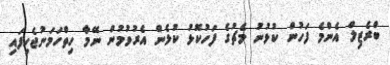
ބްރެޒިލް އެންމެ ފަހުން ކުޅުނު މެޗުގެ ފަހުކޮޅު ކުޅެން އެރުވުމުން ނޭމާ ހިތްހަމަނުޖެހިފައި